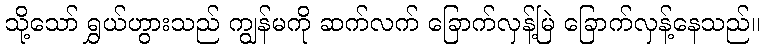
သို့သော် ရွှယ်ဟွားသည် ကျွန်မကို ဆက်လက် ခြောက်လှန့်မြဲ ခြောက်လှန့်နေသည်။